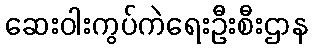
ဆေးဝါးကွပ်ကဲရေးဦးစီးဌာန